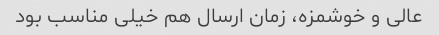
عالی و خوشمزه، زمان ارسال هم خیلی مناسب بود